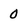
Character: 0